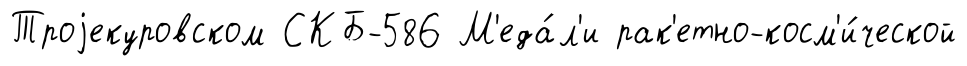
Троjекуровском СКБ-586 М'еда́л'и рак'етно-косм'и́ческой